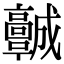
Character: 𩫨